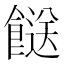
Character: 餸